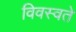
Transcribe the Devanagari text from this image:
विवस्वते